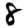
Digit: 8